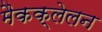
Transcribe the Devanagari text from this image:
मैकक्लेलन